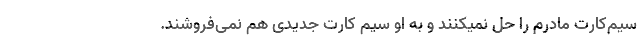
سیم‌کارت مادرم را حل نمیکنند و به او سیم کارت جدیدی هم نمی‌فروشند.